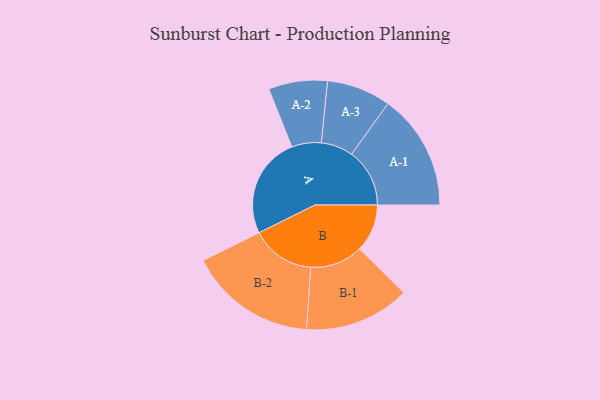
{"axis": {"x": "Segment", "y": "Value"}, "legend": ["", "A", "B"], "data": [{"x": "A", "y": 382, "type": ""}, {"x": "B", "y": 180, "type": ""}, {"x": "A-1", "y": 219, "type": "A"}, {"x": "A-2", "y": 111, "type": "A"}, {"x": "A-3", "y": 121, "type": "A"}, {"x": "B-1", "y": 199, "type": "B"}, {"x": "B-2", "y": 241, "type": "B"}]}